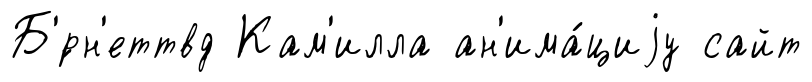
Б'́рн'еттвд Кам'илла ан'има́циjу сайт